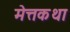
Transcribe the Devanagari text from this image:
मेत्तकथा